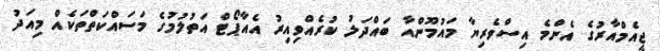
ޖީއެމްއާރުގެ އެންމެ އިސްވެރިޔާ މައުމޫންއާ ބައްދަލު ކުރެއްވިއިރު އެއާޕޯޓް އަތުލުމުގެ މަސައްކަތްތަކެއް މިއަދު